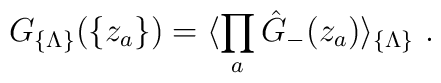
G_{ \{ \Lambda\} }(\{ z_a \} ) = \langle \prod_a{\hat G}_-(z_a)\rangle_{ \{ \Lambda\} }\ .